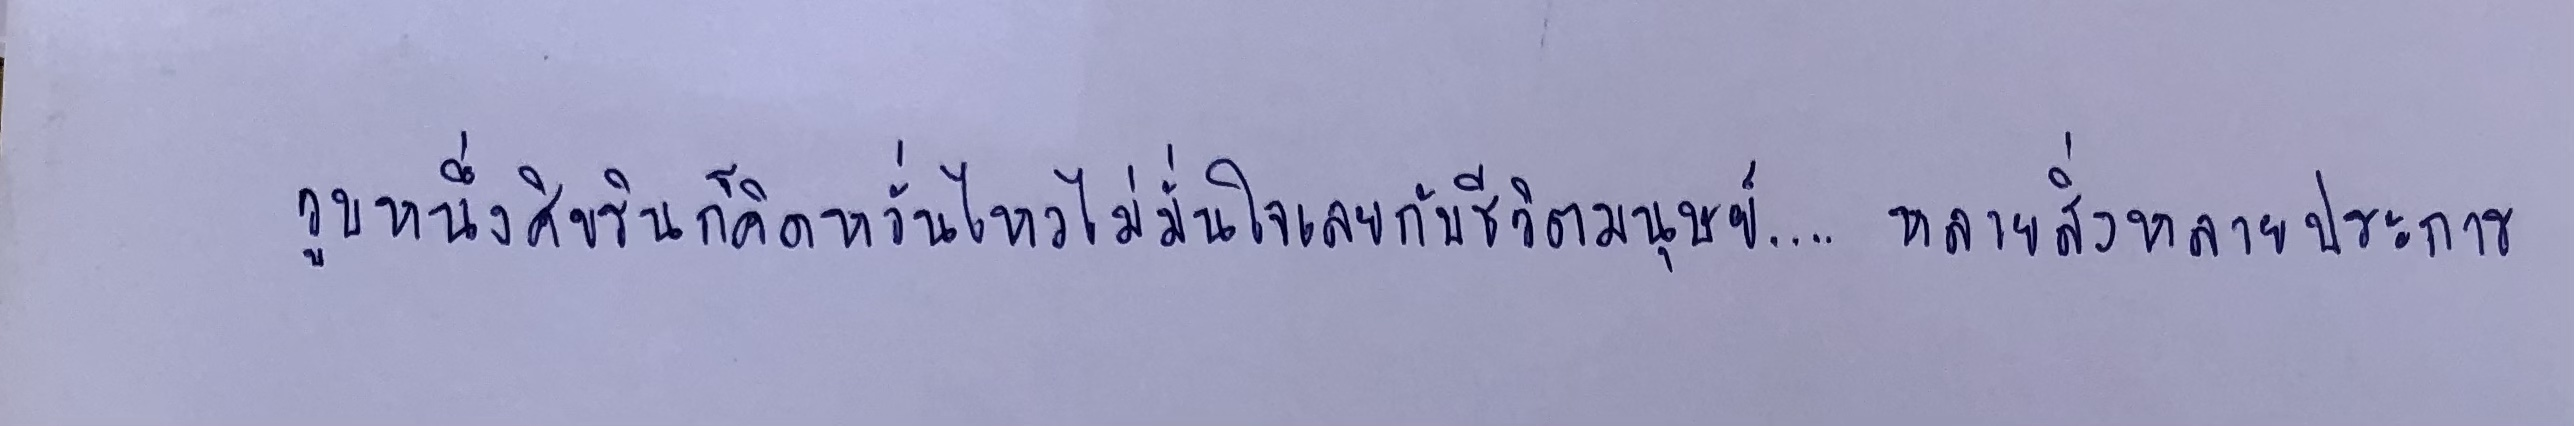
วูบหนึ่งศิขรินก็คิดหวั่นไหวไม่มั่นใจเลยกับชีวิตมนุษย์...หลายสิ่งหลายประการ